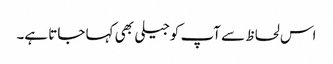
اس لحاظ سے آپ کوجیلی بھی کہا جاتا ہے۔